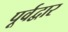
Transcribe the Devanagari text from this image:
पूर्वद्वार